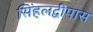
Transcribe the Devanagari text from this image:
सिंहलद्वीपास